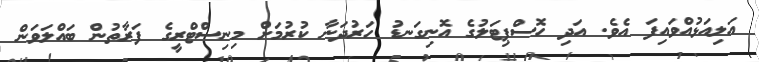
އަލިއަޅުއްވައިފަ އެވެ. އަދި ހޮސްޕިޓަލުގެ އޮނިގަނޑު ހަރުދަނާ ކުރުމަށް މިނިސްޓްރީގެ ފަރާތުން ބައްލަވަން